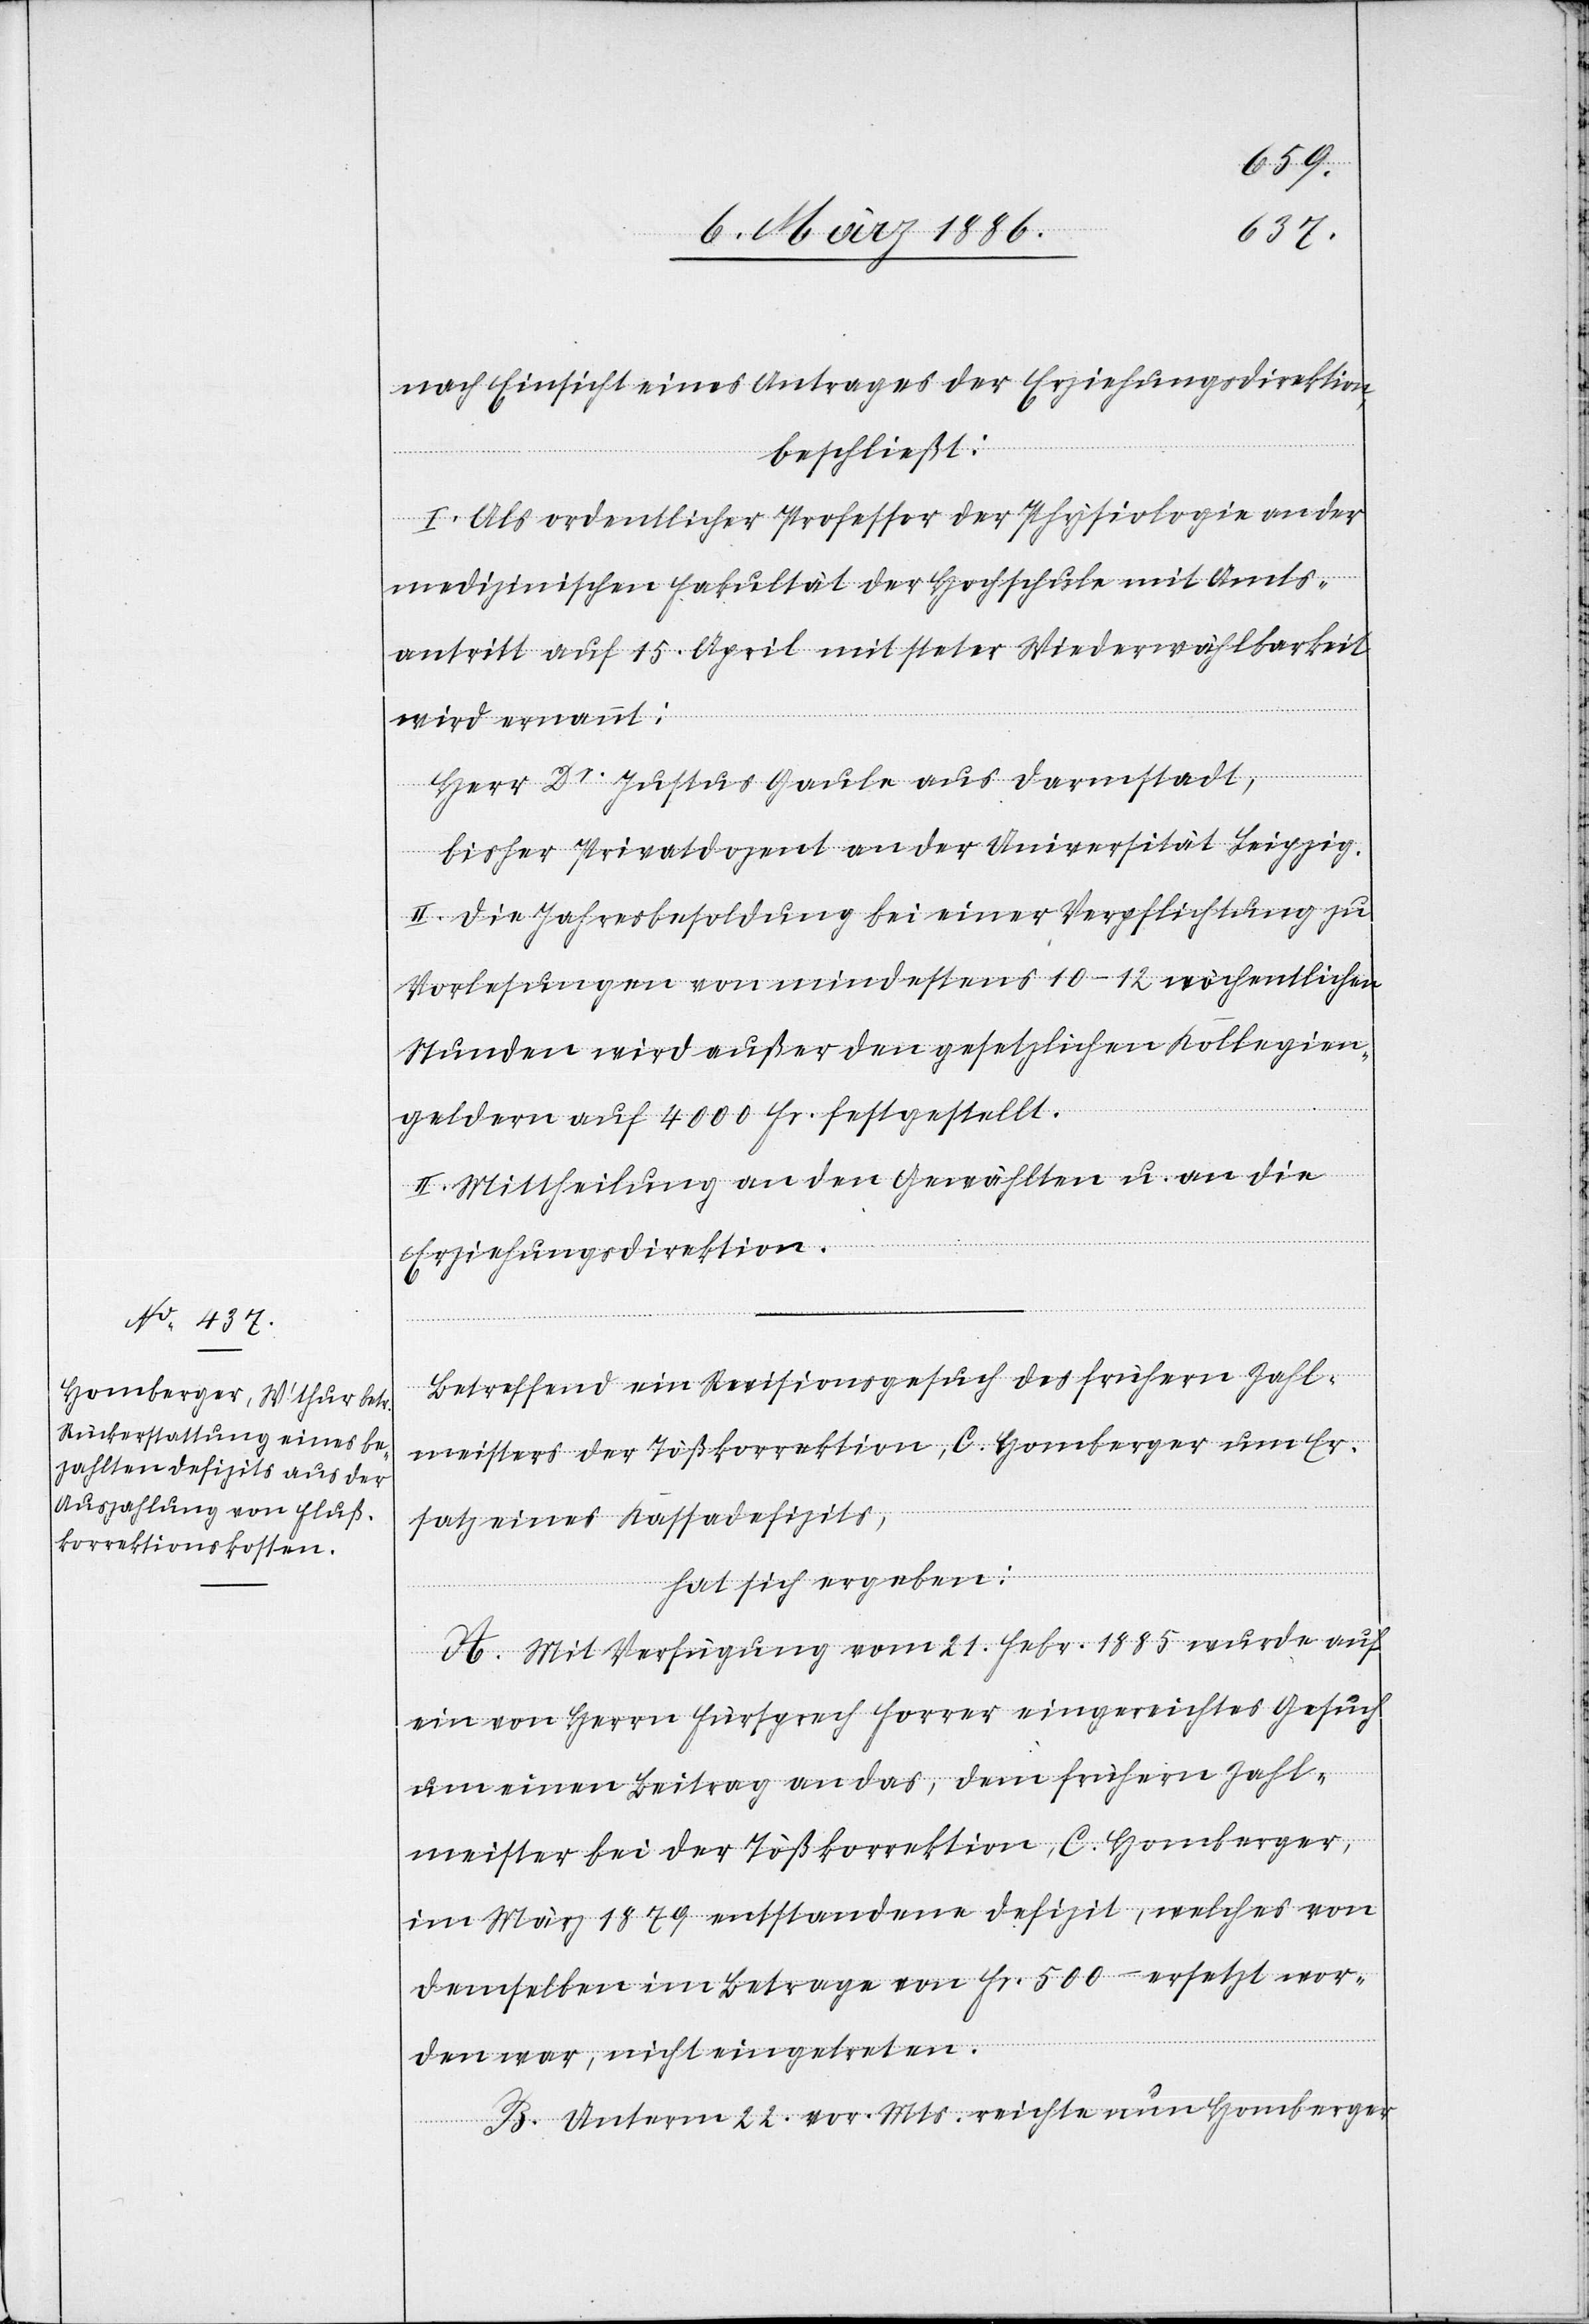
nach Einsicht eines Antrages der Erziehungsdirektion,
beschließt:
I. Als ordentlicher Professor der Physiologie an der
medizinischen Fakultät der Hochschule mit Amts¬
antritt auf 15. April mit steter Widerwählbarkeit
wird ernannt:
Herr Dr. Justus Gaule aus Darmstadt,
bisher Privatdozent an der Universität Leipzig.
II. Die Jahresbesoldung bei einer Verpflichtung zu
Vorlesungen von mindestens 10–12 wöchentlichen
Stunden wird außer den gesetzlichen Kollegien¬
geldern auf 4000 Fr. festgestellt.
III.] Mittheilung an den Gewählten u. an die
Erziehungsdirektion.
Betreffend ein Revisionsgesuch des frühern Zahl¬
meisters der Tößkorrektion, C. Homberger um Er¬
satz eines Kassadefizits,
hat sich ergeben:
A. Mit Verfügung vom 21. Febr. 1885 wurde auf
ein von Herrn Fürsprech Forrer eingereichtes Gesuch
um einen Beitrag an das, dem frühern Zahl¬
meister bei der Tößkorrektion, C. Homberger,
im März 1879 entstandenen Defizit, welches von
demselben im Betrage von Fr. 500.– ersetzt wor¬
den war, nicht eingetreten.
B. Unterm 22. vor. Mts. reichte nun Homberger